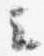
云